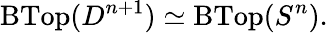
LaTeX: \operatorname{BTop}(D^{n+1})\simeq\operatorname{BTop}(S^{n}).